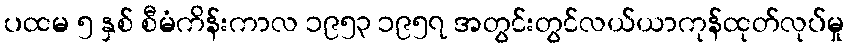
ပထမ ၅ နှစ် စီမံကိန်းကာလ ၁၉၅၃ ၁၉၅၇ အတွင်းတွင်လယ်ယာကုန်ထုတ်လုပ်မှု